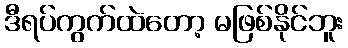
ဒီရပ်ကွက်ထဲတော့ မဖြစ်နိုင်ဘူး